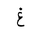
Letter: _gayn